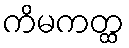
ကိမကတ္ထ